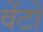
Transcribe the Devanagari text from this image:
वेंटों